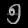
Digit: ၅